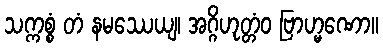
သက္ကစ္စံ တံ နမဿေယျ၊ အဂ္ဂိဟုတ္တံဝ ဗြာဟ္မဏော။